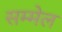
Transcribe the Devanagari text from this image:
सम्‍मेल